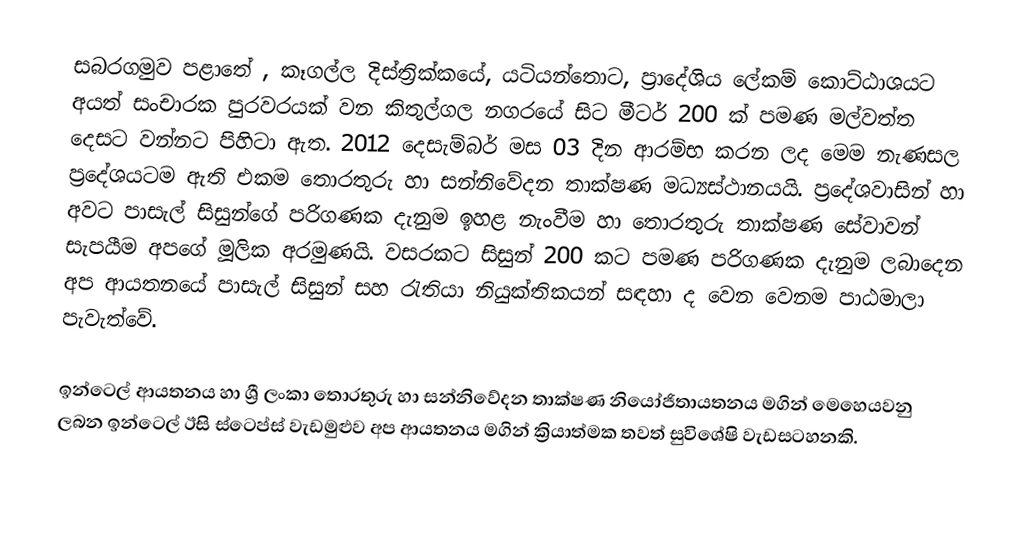
සබරගමුව පළාතේ , කෑගල්ල දිස්ත්‍රික්කයේ, යටියන්‍‍තොට, ප්‍රාදේශිය ලේකම් කොට්ඨාශයට අයත් සංචාරක පුරවරයක් වන කිතුල්ගල නගරයේ සිට මීටර් 200 ක් පමණ මල්වත්ත දෙසට වන්නට පිහිටා ඇත. 2012 දෙසැම්බර් මස 03 දින ආරම්භ කරන ලද මෙම නැණසල  ප්‍ර‍දේශයටම ඇති එකම තොරතුරු හා සන්නිවේදන තාක්ෂණ මධ්‍යස්ථානයයි. ප්‍රදේශවාසින් හා අවට පාසැල් සිසුන්ගේ පරිගණක දැනුම ඉහළ නැංවීම හා තොරතුරු තාක්ෂණ සේවාවන් සැපයීම අපගේ මූලික අරමුණයි. වසරකට සිසුන් 200 කට පමණ පරිගණක දැනුම ලබාදෙන අප ආයතනයේ පාසැල් සිසුන් සහ රැතියා නියුක්තිකයන් සඳහා ද වෙන වෙනම පාඨමාලා පැවැත්වේ.

ඉන්ටෙල් ආයතනය හා ශ්‍රී ලංකා තොරතුරු හා සන්නිවේදන තාක්ෂණ නියෝජිතායතනය මගින් මෙහෙයවනු ලබන ඉන්ටෙල් ඊසි ස්ටෙප්ස් වැඩමුළුව අප ආයතනය මගින් ක්‍රියාත්මක තවත් සුවිශේෂි වැඩසටහනකි.